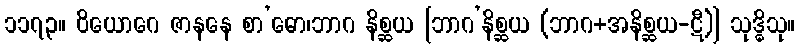
၁၁၇၃။ ဝိယောဂေ ဇာနနေ စာ’ဓော၊ဘာဂ နိစ္ဆယ [ဘာဂ’နိစ္ဆယ (ဘာဂ+အနိစ္ဆယ-ဋီ)] သုဒ္ဓိသု။